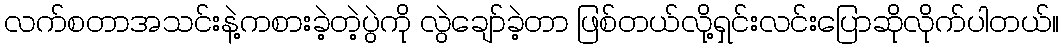
လက်စတာအသင်းနဲ့ကစားခဲ့တဲ့ပွဲကို လွဲချော်ခဲ့တာ ဖြစ်တယ်လို့ရှင်းလင်းပြောဆိုလိုက်ပါတယ်။